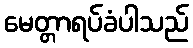
မေတ္တာရပ်ခံပါသည်